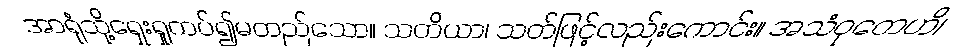
အာရုံသို့ရှေးရှုကပ်၍မတည်သော။ သတိယာ၊ သတ်ဖြင့်လည်းကောင်း။ အသံဝုတေဟိ၊